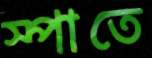
স্পাতে